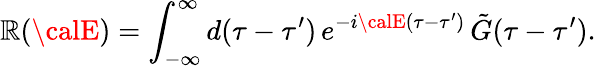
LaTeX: {\cal\mathbb{R}}({\calE})=\int_{-\infty}^{\infty}d(\tau-\tau^{\prime})\, e^{-i{\calE}(\tau-\tau^{\prime})}\, {\tilde{{G}}}(\tau-\tau^{\prime}).